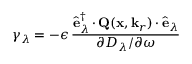
\gamma _ { \lambda } = - \epsilon \, \frac { \hat { \mathbf { e } } _ { \lambda } ^ { \dagger } \, { \boldsymbol { \cdot } } \, { \mathbf { Q } } ( \mathbf { x } , \mathbf { k } _ { r } ) \, { \boldsymbol { \cdot } } \, \hat { \mathbf { e } } _ { \lambda } } { \partial D _ { \lambda } / \partial \omega }